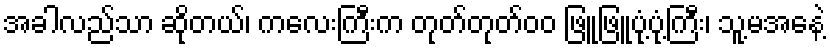
အခါလည်သာ ဆိုတယ်၊ ကလေးကြီးက တုတ်တုတ်၀၀ ဖြူဖြူပုံ့ပုံ့ကြီး၊ သူ့မအေနဲ့